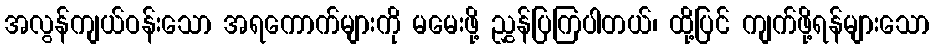
အလွန်ကျယ်ဝန်းသော အရကောက်များကို မမေးဖို့ ညွှန်ပြကြပါတယ်၊ ထို့ပြင် ကျက်ဖို့ရန်များသော